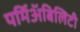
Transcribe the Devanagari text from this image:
पर्मिअॅबिलिटी